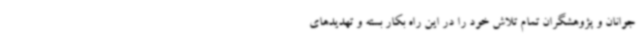
جوانان و پژوهشگران تمام تلاش خود را در این راه بکار بسته و تهدیدهای